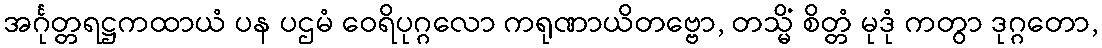
အင်္ဂုတ္တရဋ္ဌကထာယံ ပန ပဌမံ ဝေရိပုဂ္ဂလော ကရုဏာယိတဗ္ဗော, တသ္မိံ စိတ္တံ မုဒုံ ကတွာ ဒုဂ္ဂတော,